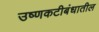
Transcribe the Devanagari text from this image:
उष्णकटीबंधातील